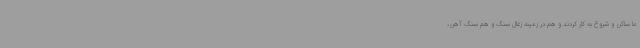
ما ساکن و شروع به کار کردند و هم در زمینه زغال سنگ و هم سنگ آهن،